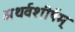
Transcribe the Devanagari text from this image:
अथर्वशीर्षम्